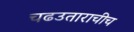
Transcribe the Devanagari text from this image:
चढउताराचीच